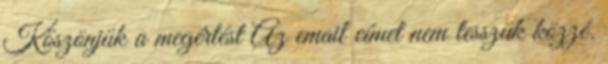
Köszönjük a megértést Az email címet nem tesszük közzé.